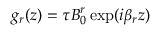
g _ { r } ( z ) = \tau B _ { 0 } ^ { r } \exp ( i \beta _ { r } z )